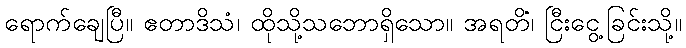
ရောက်ချေပြီ။ ဧတာဒိသံ၊ ထိုသို့သဘောရှိသော။ အရတိံ၊ ငြီးငွေ့ခြင်းသို့။